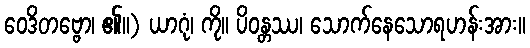
ဝေဒိတဗ္ဗော၊ ၏။) ယာဂုံ၊ ကို။ ပိဝန္တဿ၊ သောက်နေသောရဟန်းအား။